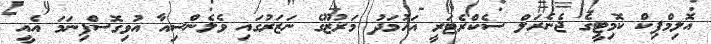
އޮލިމްޕިކް ކޮމިޓީގެ ޖެނެރަލް ސެކްރެޓަރީ އަހުމަދު މަރުޒޫގެ ނަޒަރުގައި ވެލެންސިއާ އުވިގޮސްފިނަމަ އެއީ